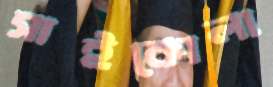
সাইকোলা